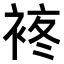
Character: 𧚕